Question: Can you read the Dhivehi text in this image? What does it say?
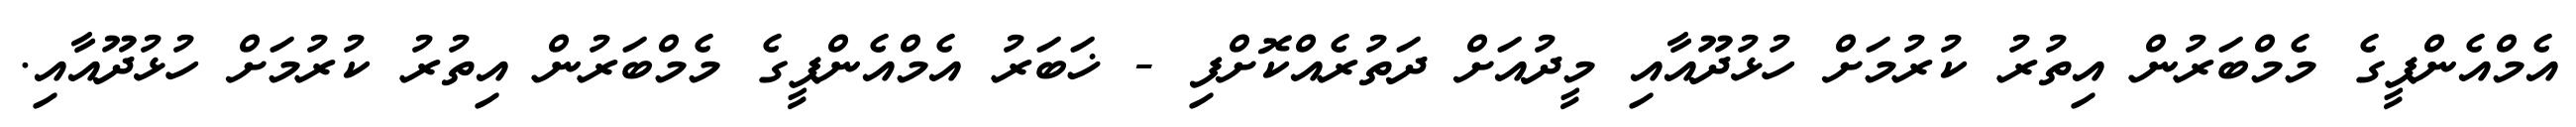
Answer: އެމްއެންޕީގެ މެމްބަރުން އިތުރު ކުރުމަށް ހުޅުދޫއާއި މީދުއަށް ދަތުރެއްކޮށްފި - ޚަބަރު އެމްއެންޕީގެ މެމްބަރުން އިތުރު ކުރުމަށް ހުޅުދޫއާއި.